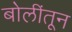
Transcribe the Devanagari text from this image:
बोलींतून